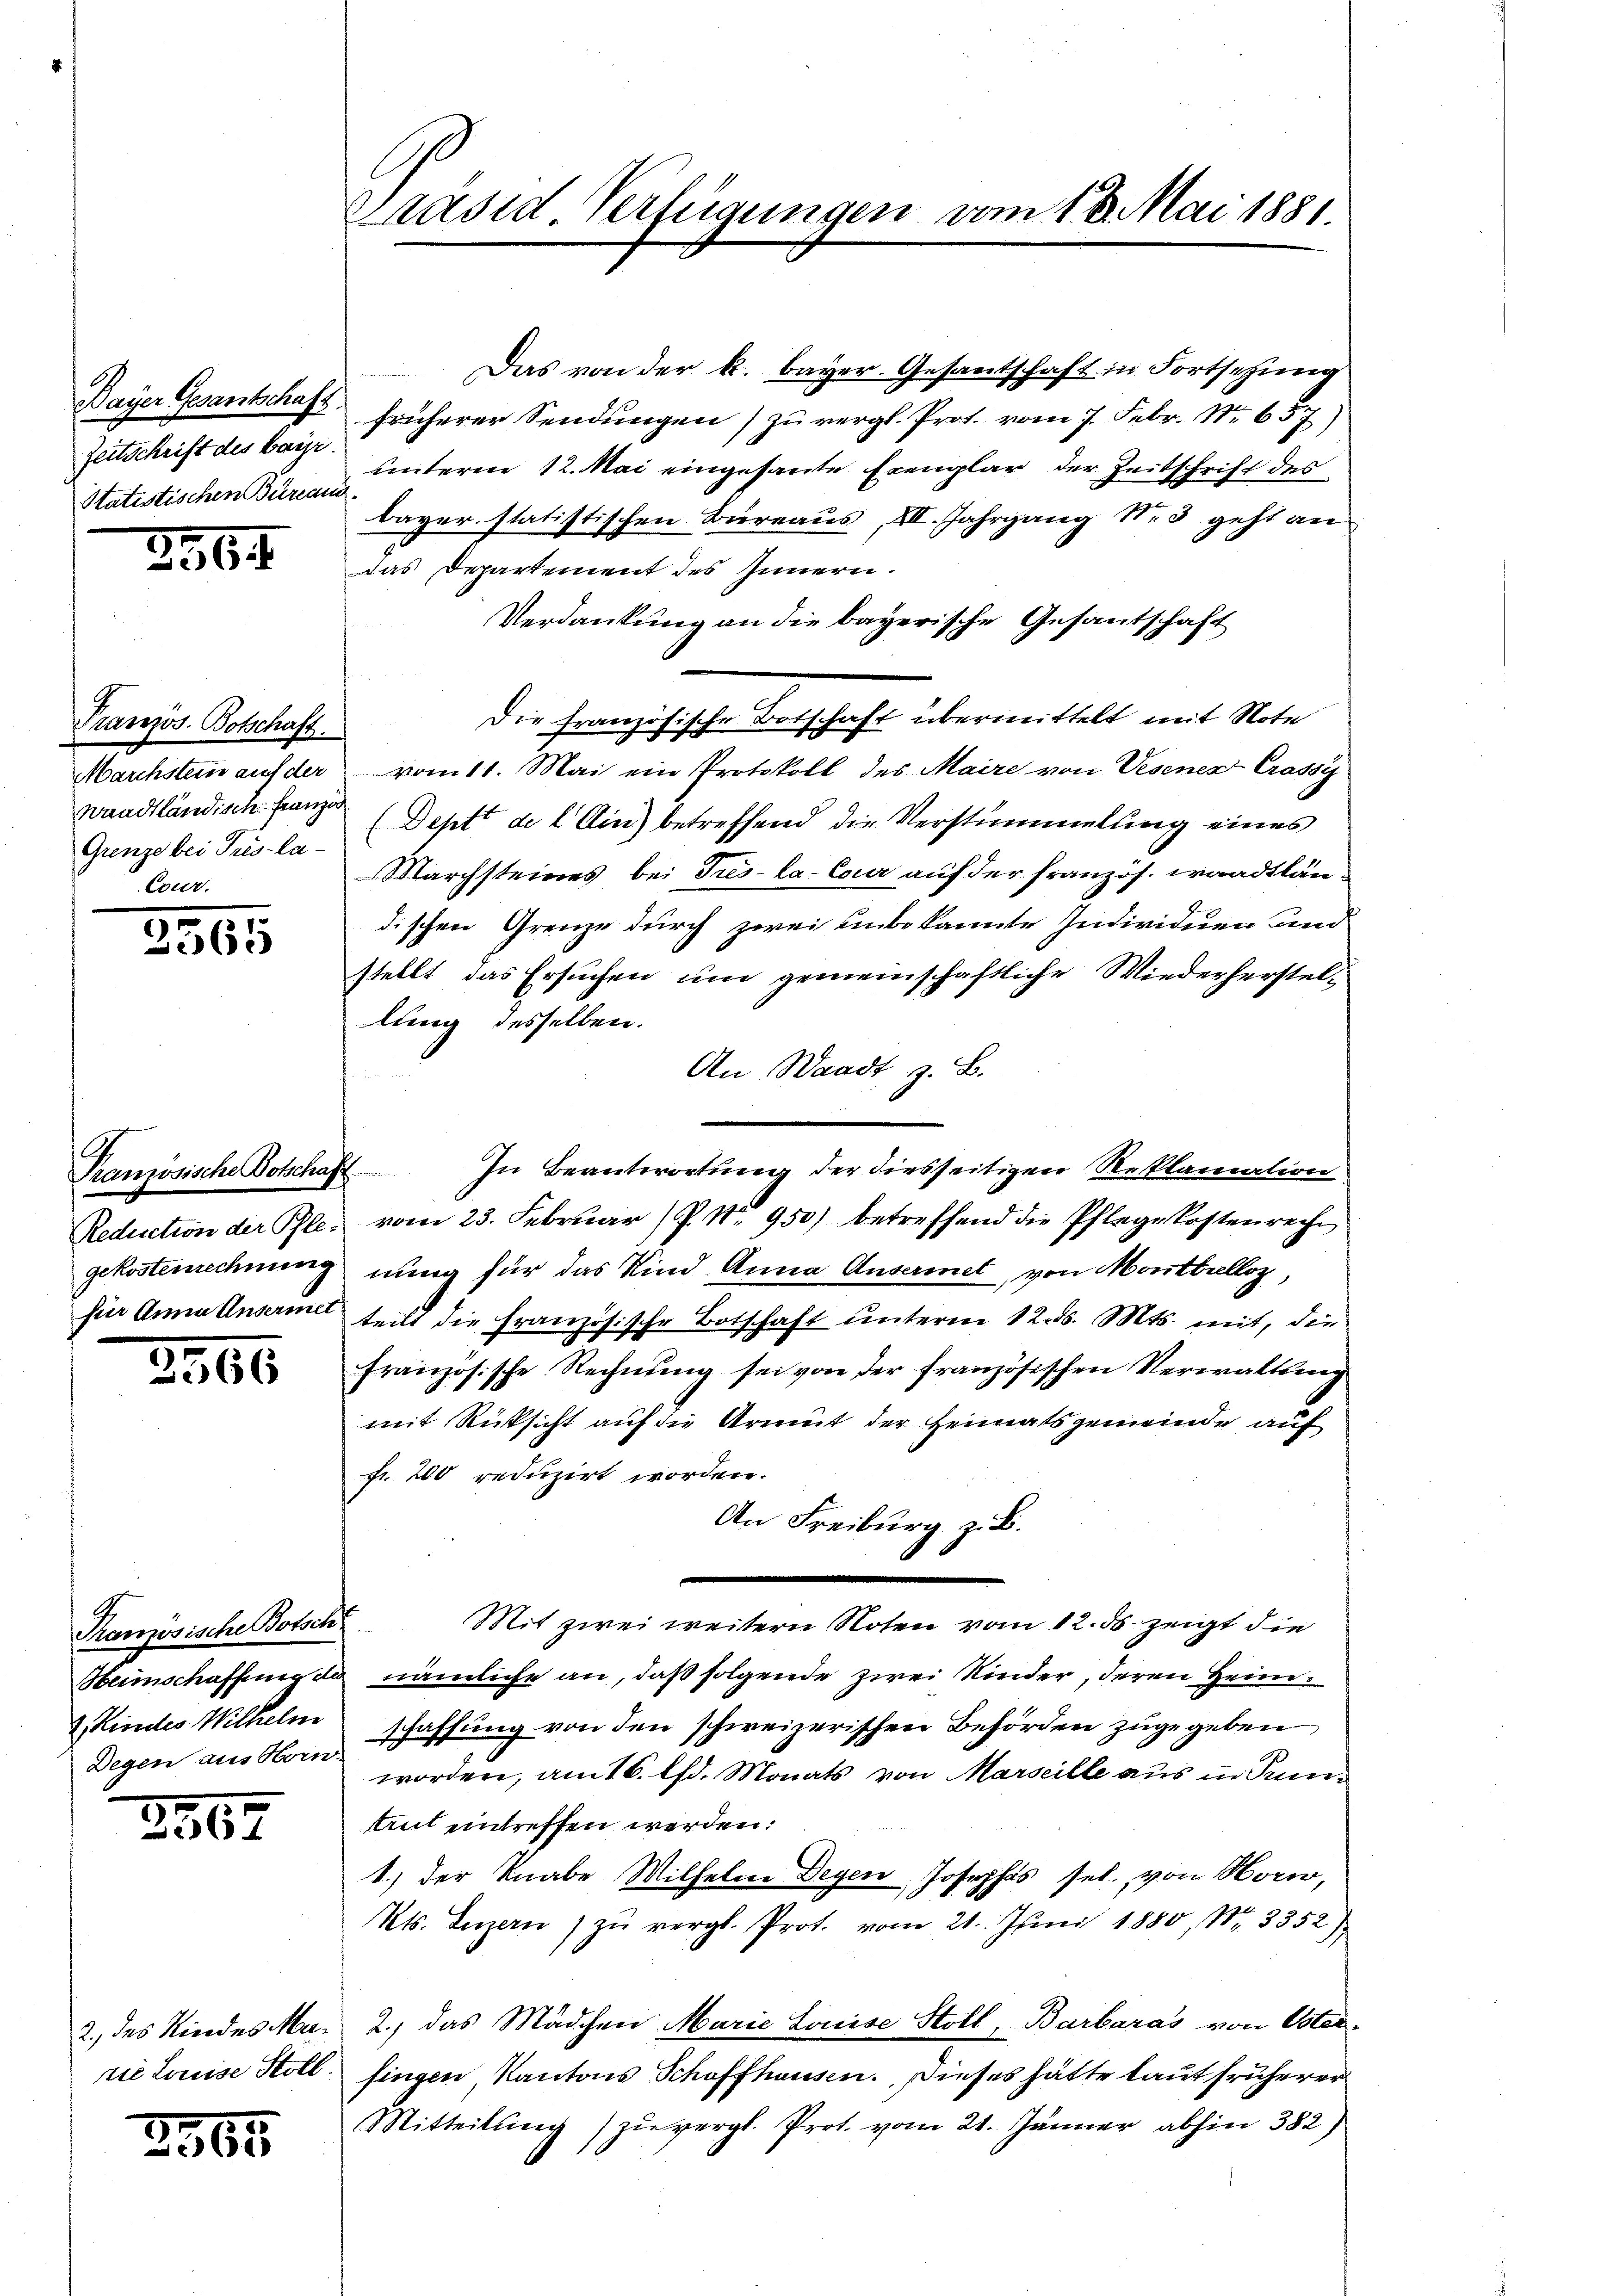
Bayer Gesantschaft
Zeitschrift des bayr.
Statistischen Bureau

2564

Pranzös. Botschaft.
Marchstein auf der
waadtländisch-Franz
Grenze bei Pris-la¬
Cour.

2365

Französische Botschaf
Reduction der Pflegekostenrechnung
für Anna Unsermet

2566

Kamösische Botsch
Beinschaffung de
& Kindes Wilhelm
Degen aus Horn

2569

2565

2., des Kindes Marie Louise Stoll

Präsid Verfügungen vom 13. Mai 1881

Das von der k. bayer. Gesantschaft in Fortsetzung
früherer Sendungen) zu vergl. Prot. vom 7. Febr. Nr. 657)
unterm 12. Mai eingesante Exemplar der Zeitschrift des
Bayer statistischen Büreaus, XII. Jahrgang Nr. 3 geht an
das Departement des Innern.
Verdankung an die bayerische Gesantschaft
Die französische Botschaft übermittelt mit Note
vom 11. Mai ein Protokoll des Maire von Wesenen Crassi
(Deptt de l Ain) betreffend die Verstümmelung eines
Marchsteines bei Tres-La-Cour auf der franzos. waadtlän
dischen Grenze durch zwei unbekannte Individuen und
stellt das Ersuchen um gemeinschaftliche Wiederherstellung desselben.
An Waadt z. B.
In Beantwortung der diesseitigen Reklamation
f
vom 23. Februar (P. Nr. 950) betreffend die Pflegekostenreche
nung für das Kind Anna Auseinet, von Monttrelloz
teilt die Französische Botschaft unterm 12. d. Mts. mit, die
französische Rechnung sei von der französischen Verwaltung
mit Rücksicht auf die Armut der Heimatsgemeinde auf
fr. 200 reduzirt worden.
An Freiburg z. B.
Mit zwei weitern Noten vom 12. ds. zeigt die
nämliche an, daß folgende zwei Kinder, deren Heimschaffung von den schweizerischen Behörden zugegeben
worden, am 16. lfd. Monats von Marseille aus in Pun
Aut eintreffen werden:
1.) Der Knabe Wilhelm Degen, Josephis sel. von Horw,
Kts. Luzern zŭ vergl. Prot. vom 21. Juni 1880, Nr. 3352)
2.) das Mädchen Marie Louise Stoll, Barbaras von Oster-
fingen, Kantons Schaffhausen. Dieses hätte laut früherer
Mitteilung) zu vergl. Prot. vom 21. Jänner abhin 382)